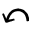
\curvearrowleft